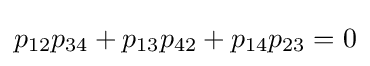
p_{12}p_{34}+p_{13}p_{42}+p_{14}p_{23}=0